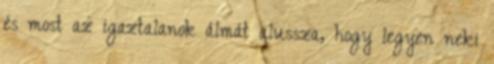
és most az igaztalanok álmát alussza, hogy legyen neki